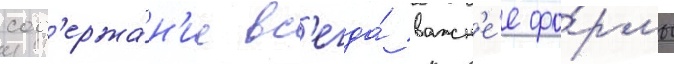
сод'ержа́н'ие вс'егда́ важн'е́е фо́рмы